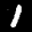
Label: 1